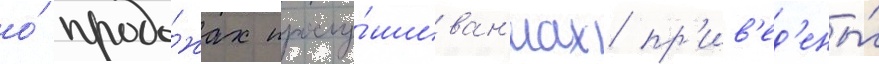
о́ прода́жах прослу́шиван'иах пр'ив'ед'ены́